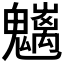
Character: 𩴭